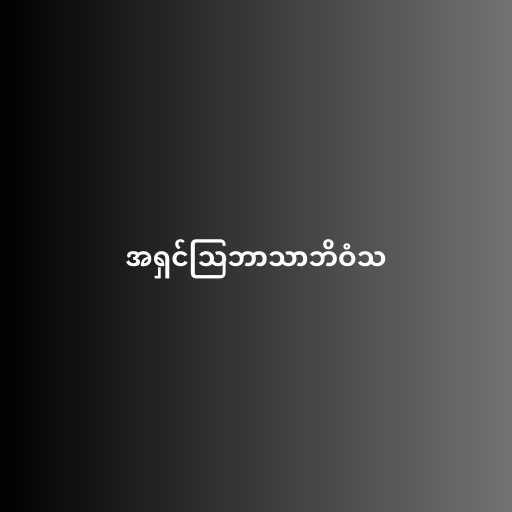
အရှင်သြဘာသာဘိဝံသ